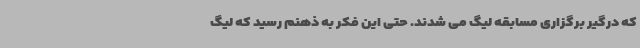
که درگیر برگزاری مسابقه لیگ می شدند. حتی این فکر به ذهنم رسید که لیگ